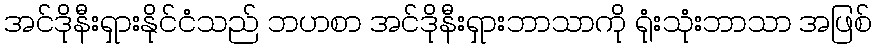
အင်ဒိုနီးရှားနိုင်ငံသည် ဘဟစာ အင်ဒိုနီးရှားဘာသာကို ရုံးသုံးဘာသာ အဖြစ်